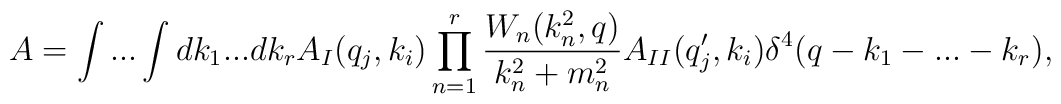
A=\int...\int dk_1...dk_rA_I(q_j,k_i)\prod^r_{n=1}\frac{W_n(k_n^2,q)}{k_n^2+m_n^2}A_{II}(q'_j,k_i)\delta^4(q-k_1-...-k_r),